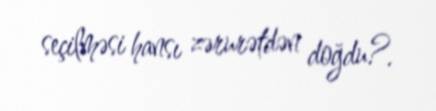
seçilməsi hansı zərurətdən doğdu?.